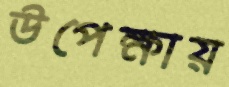
উপেক্ষায়